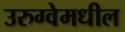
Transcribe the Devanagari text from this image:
उरुग्वेमधील